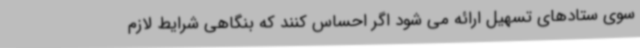
سوی ستادهای تسهیل ارائه می شود اگر احساس کنند که بنگاهی شرایط لازم